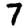
Digit: 7